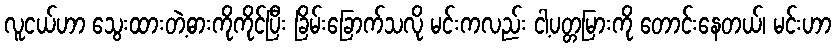
လူငယ်ဟာ သွေးထားတဲ့ဓားကိုကိုင်ပြီး ခြိမ်းခြောက်သလို မင်းကလည်း ငါ့ပတ္တမြားကို တောင်းနေတယ်၊ မင်းဟာ